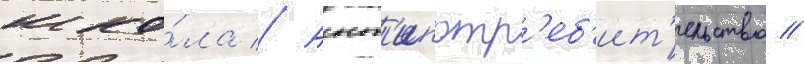
шко́ла // Ант'ипотр'еб'ит'ельство //